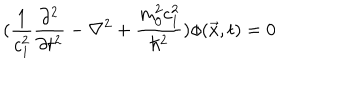
LaTeX: ( \frac { 1 } { c _ { 1 } ^ { 2 } } \frac { \partial ^ { 2 } } { \partial t ^ { 2 } } - \nabla ^ { 2 } + \frac { m _ { 0 } ^ { 2 } c _ { 1 } ^ { 2 } } { \hbar ^ { 2 } } ) \phi ( \vec { x } , t ) = 0